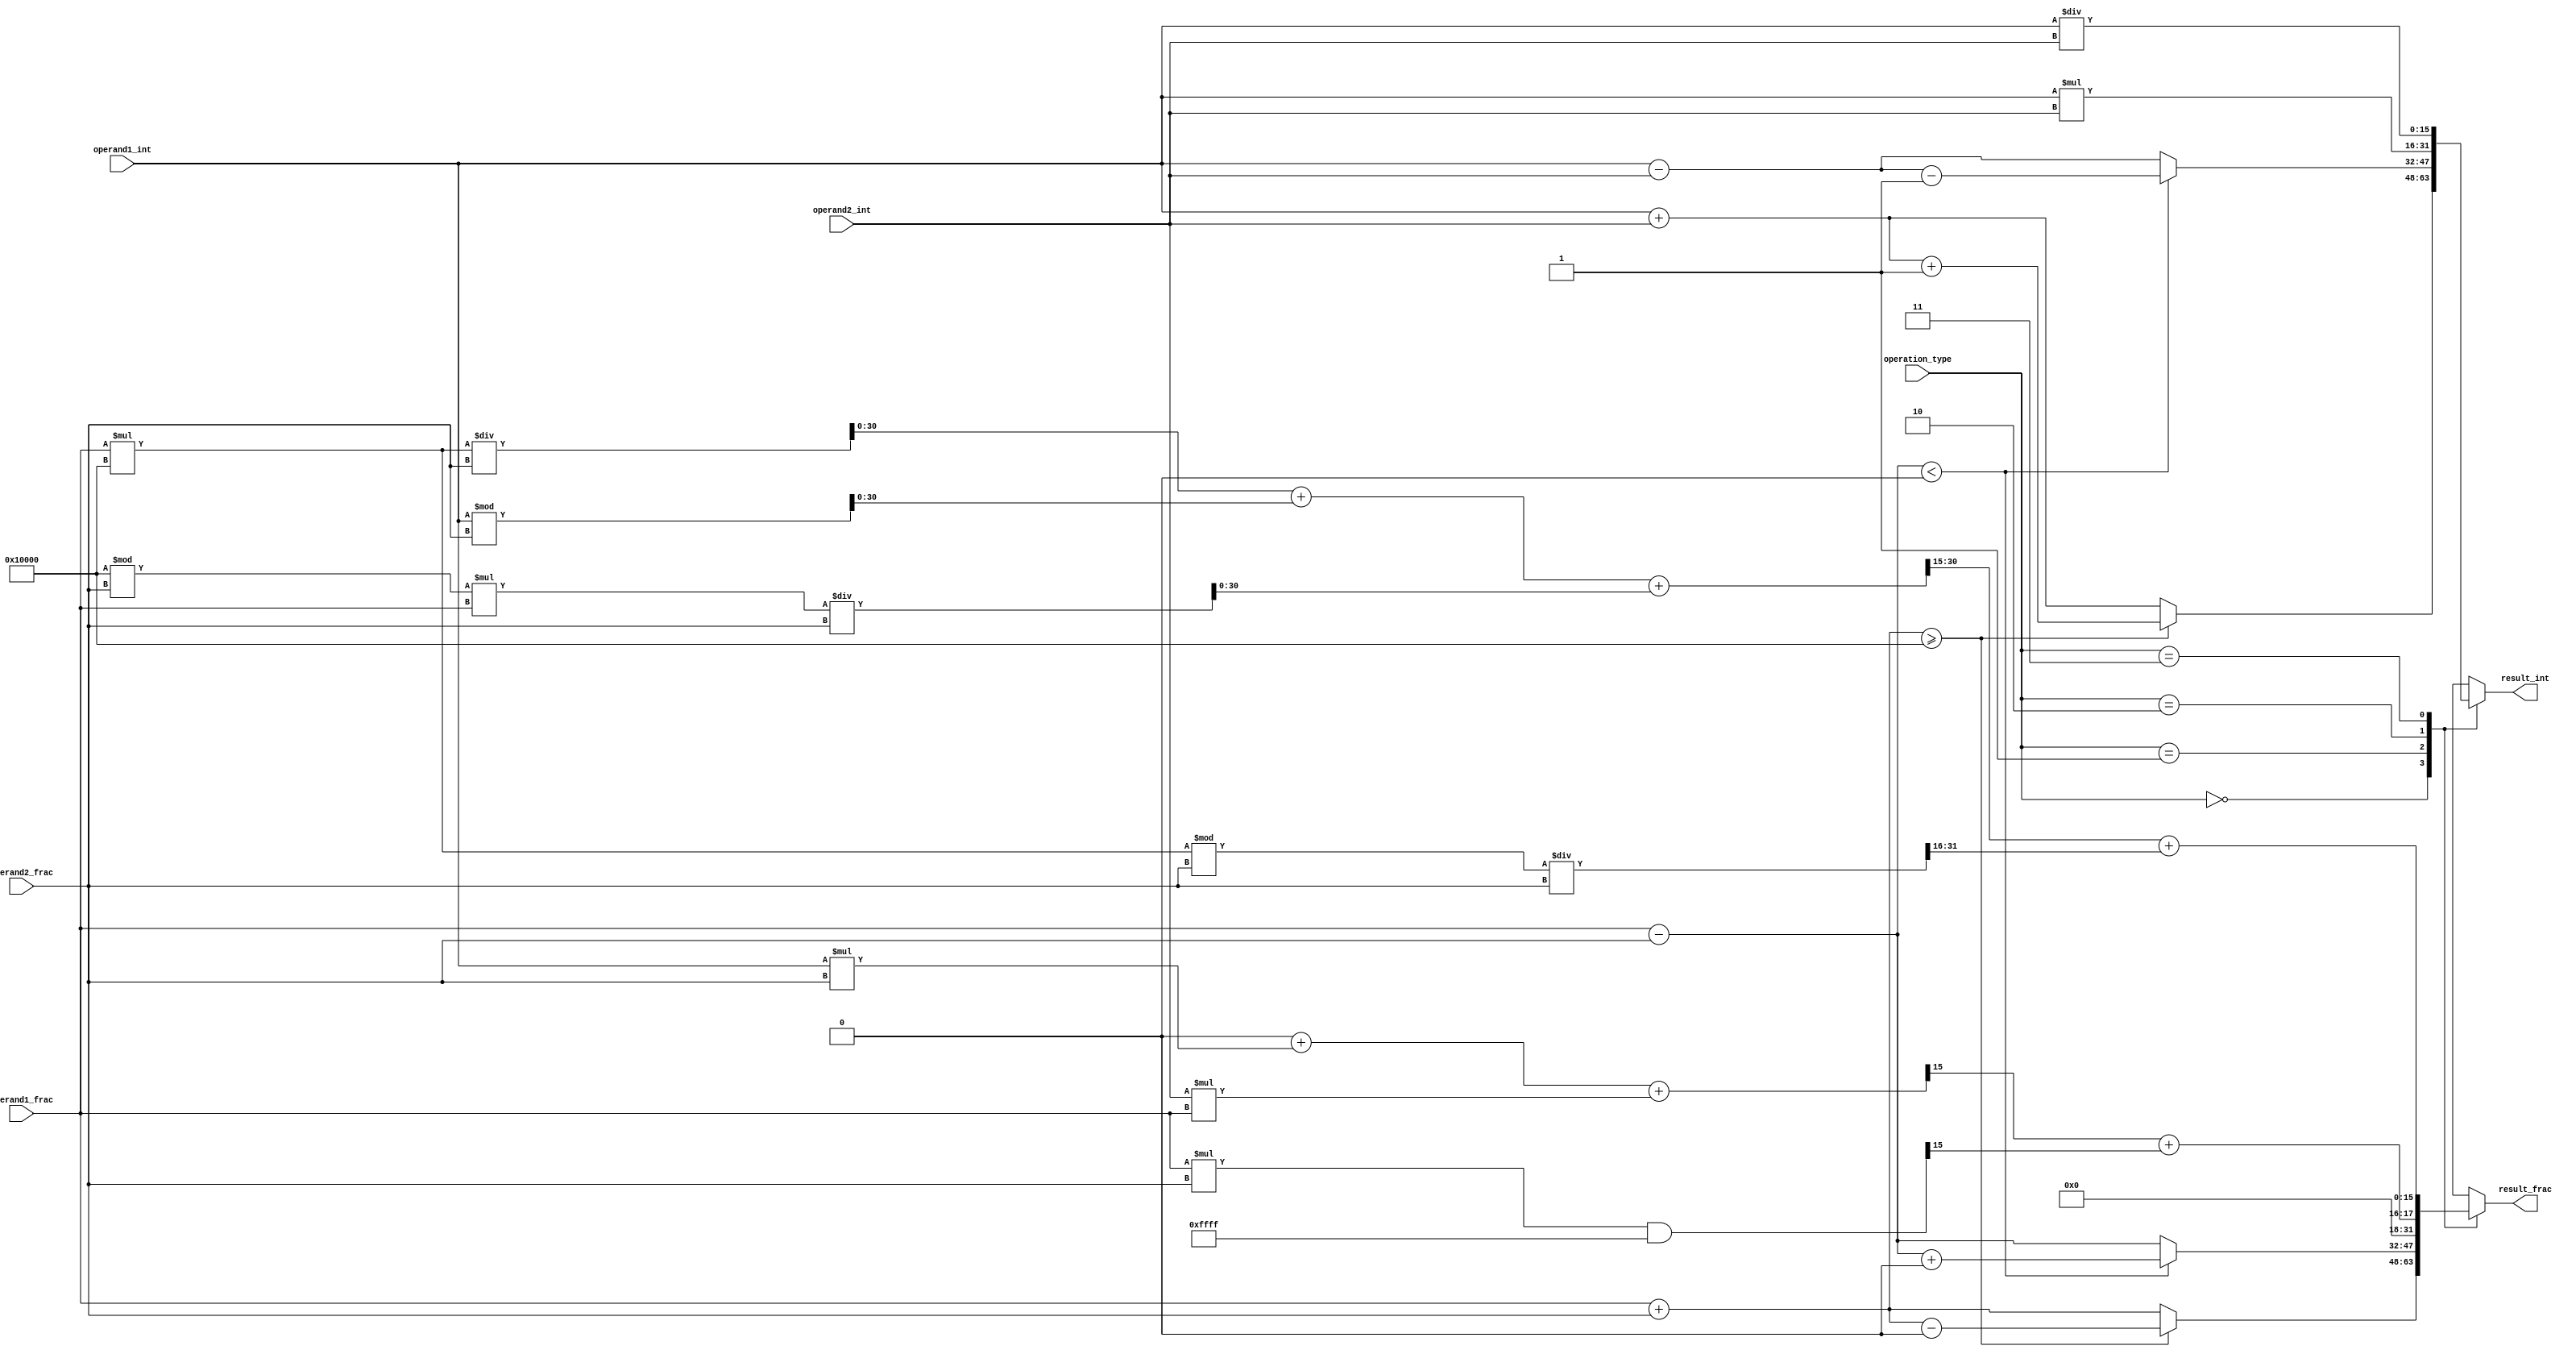
module floating_point_unit (
  input [15:0] operand1_int,
  input [15:0] operand1_frac,
  input [15:0] operand2_int,
  input [15:0] operand2_frac,
  input [1:0] operation_type,
  output reg [15:0] result_int,
  output reg [15:0] result_frac
);

always @(*) begin
  case(operation_type)
    2'b00: // addition
      begin
        // Perform addition operation on integer components
        result_int = operand1_int + operand2_int;
        
        // Perform addition operation on fractional components
        result_frac = operand1_frac + operand2_frac;
        
        // Handle overflow from fractional addition
        if(result_frac >= 65536) begin
          result_int = result_int + 1;
          result_frac = result_frac - 65536;
        end
      end
    
    2'b01: // subtraction
      begin
        // Perform subtraction operation on integer components
        result_int = operand1_int - operand2_int;

        // Perform subtraction operation on fractional components
        result_frac = operand1_frac - operand2_frac;

        // Handle underflow from fractional subtraction
        if(result_frac < 0) begin
          result_int = result_int - 1;
          result_frac = result_frac + 65536;
        end
      end

    2'b10: // multiplication
      begin
        // Perform multiplication operation on integer components
        result_int = operand1_int * operand2_int;
        
        // Perform multiplication operation on fractional components
        // Handle overflow and shift appropriately
        result_frac = ((((operand1_frac * operand2_frac) >> 16) + operand1_int * operand2_frac + operand2_int * operand1_frac) >> 15) + (((operand1_frac * operand2_frac) & 16'hffff) >> 15);
      end
      
    2'b11: // division
      begin
        // Perform division operation on integer components
        result_int = operand1_int / operand2_int;
        
        // Perform division operation on fractional components
        // Handle overflow and shift appropriately
        result_frac = ((((operand1_frac * 65536) / operand2_frac) + operand1_int % operand2_frac + (65536 % operand2_frac) * operand1_frac / operand2_frac) >> 15) + ((((operand1_frac * 65536) % operand2_frac) / operand2_frac) >> 16);
      end
    
  endcase
end

endmodule